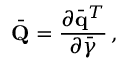
\bar { \bf Q } = \frac { \partial \bar { \bf q } ^ { T } } { \partial \bar { \boldsymbol { \gamma } } } \, ,